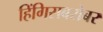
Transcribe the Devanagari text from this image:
हिंगिसबरोबर